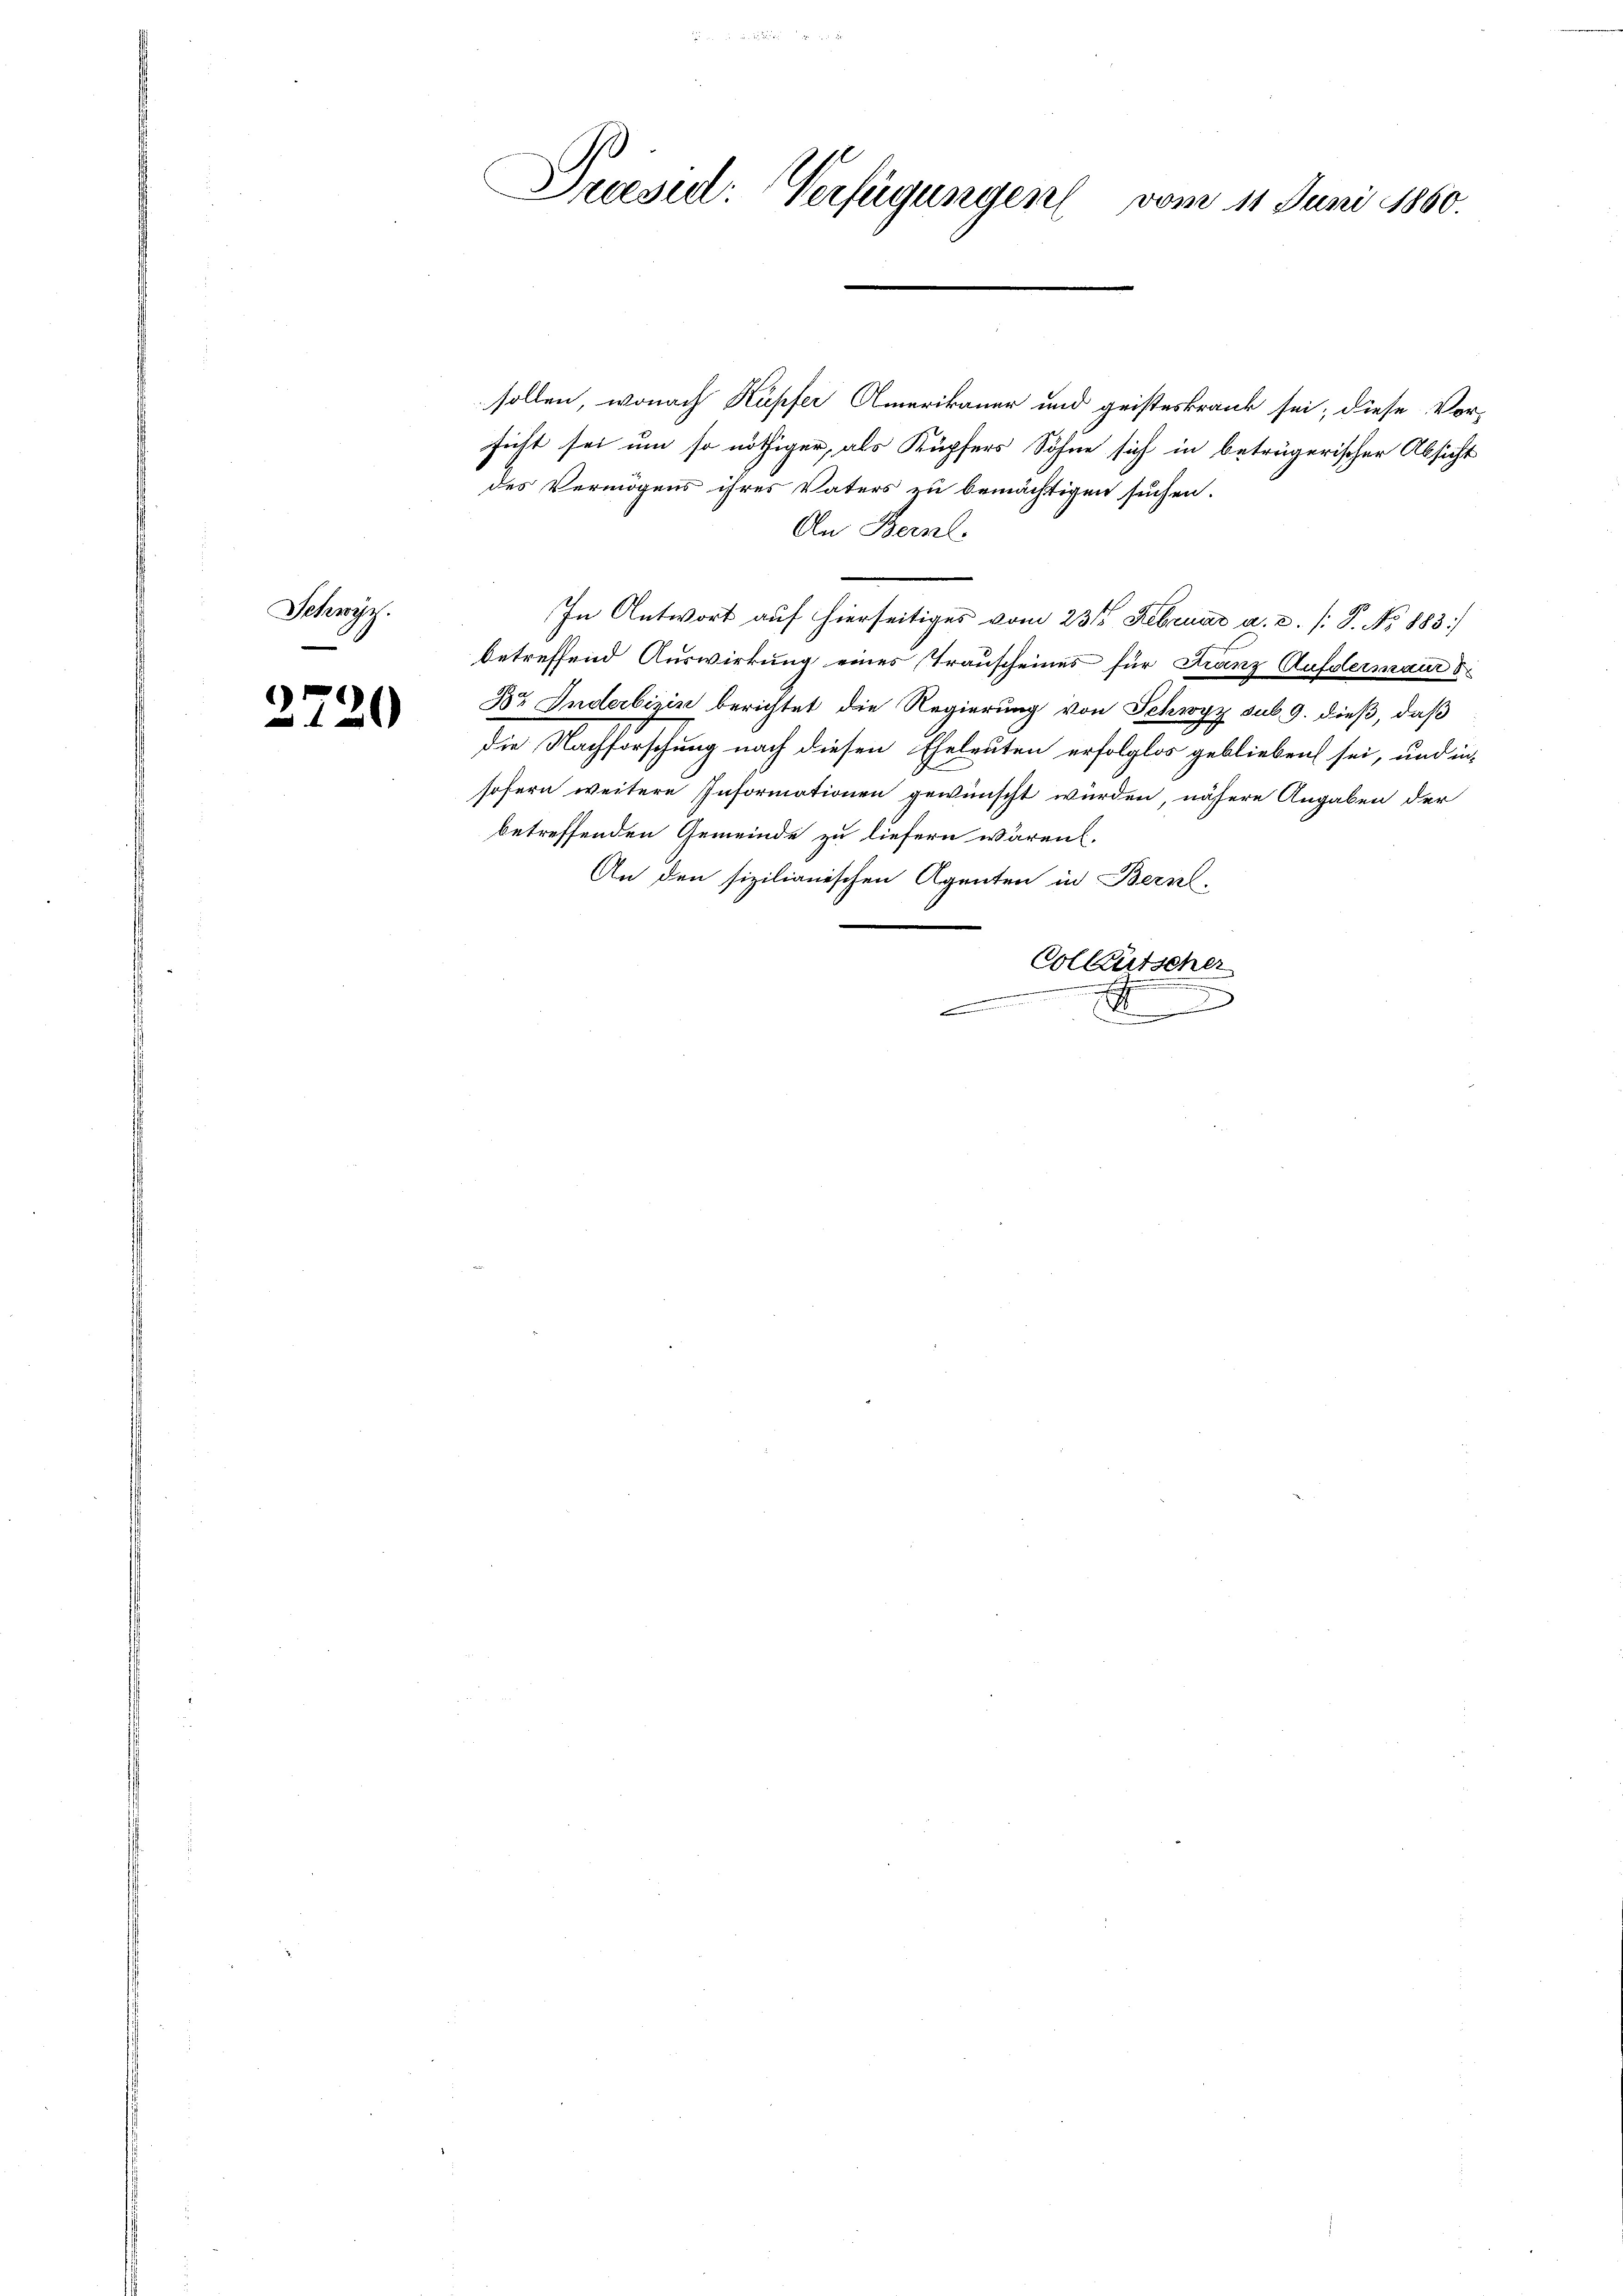
Schwyz.

3.

2

Drasul: Verfügungen vom 11 Juni 1860.

sollen, wonach Kupfer Amerikaner und geisteskrank sei; diese Vor-
sicht sei um so nöthiger, als Kupfers Söhne sich in beträgerischer Absicht
des Vermögens ihres Vaters zu bemächtigen suchen.
An Bernl.
In Antwort auf hierseitiges vom 23 t Februar a. c. /: P. No. 1883.]
betreffend Auswirkung eines Trauscheines für Franz Aufdermaur d
Br Inderbizin berichtet die Regierung von Schwyz sub. 9. dieß, daß
Die Nachforschung nach diesen Eheleuten erfolglos geblieben sei, und in
sofern weitere Informationen gewünscht wurden, nähere Angaben der
betreffenden Gemeinde zu liefern wären.
An den sizilianischen Agenten in Bern,
Colleutscher
 . . .
F